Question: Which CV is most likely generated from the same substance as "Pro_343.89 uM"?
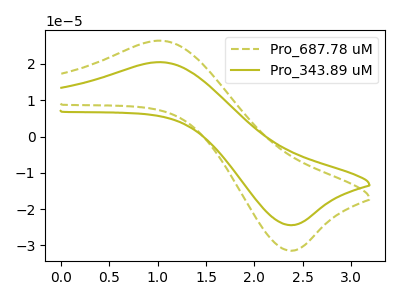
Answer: <think>The olive dashed curve "Pro_687.78 uM" has an anodic peak at (1.05V, 26.40uA) and a cathodic peak at (2.35V, -31.40uA). The olive curve "Pro_343.89 uM" has an anodic peak at (1.05V, 20.50uA) and a cathodic peak at (2.35V, -24.40uA).
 All the peaks in "Pro_687.78 uM" have a peak in "Pro_343.89 uM" at the same potential. Every peak in "Pro_687.78 uM" is higher than every peak in "Pro_343.89 uM".</think>
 <answer>The CV with the most similar shape to "Pro_687.78 uM" is "Pro_343.89 uM".</answer>
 <eval>"Pro_343.89 uM"</eval>